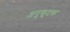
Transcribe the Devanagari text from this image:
अनुकूटक